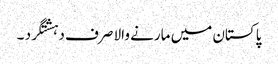
پاکستان میں مارنے والا صرف دہشتگرد ۔